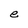
Character: e